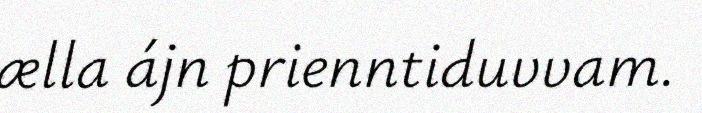
ælla ájn prienntiduvvam.